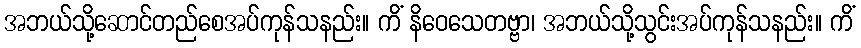
အဘယ်သို့ဆောင်တည်စေအပ်ကုန်သနည်း။ ကိံ နိဝေသေတဗ္ဗာ၊ အဘယ်သို့သွင်းအပ်ကုန်သနည်း။ ကိံ